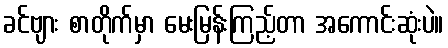
ခင်ဗျား စာတိုက်မှာ မေးမြန်းကြည့်တာ အကောင်းဆုံးပဲ။